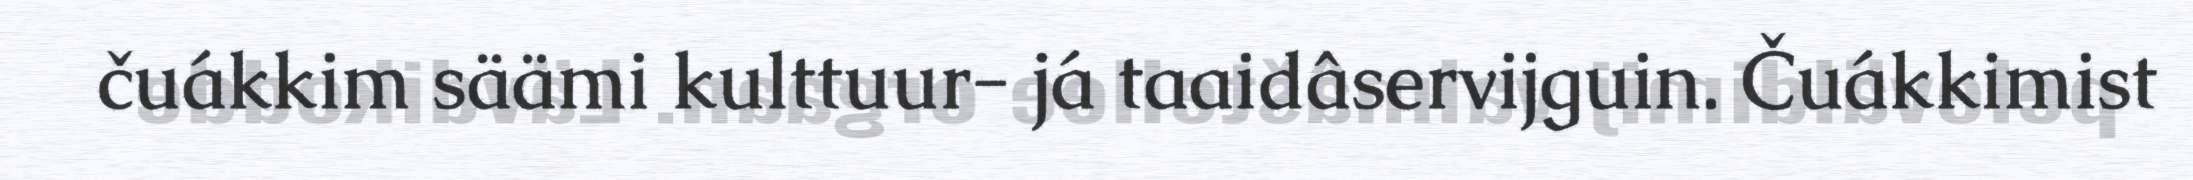
čuákkim säämi kulttuur- já taaidâservijguin. Čuákkimist